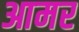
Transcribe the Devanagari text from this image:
आमर